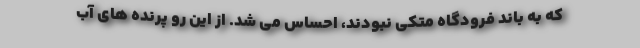
که به باند فرودگاه متکی نبودند، احساس می شد. از این رو پرنده های آب